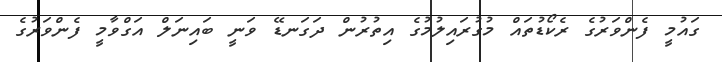
ގައުމީ ފެންވަރުގެ ރެކޯޑުތައް މުގުރައިލުމުގެ އިތުރުން ދަގަނޑޭ ވަނީ ބައިނަލް އަގްވާމީ ފެންވަރުގެ